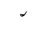
Letter: _lam